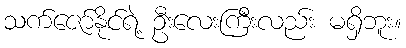
သက်ဇော်နိုင်ရဲ့ ဦးလေးကြီးလည်း မရှိဘူး။